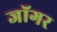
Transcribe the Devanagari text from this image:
जॉगर